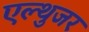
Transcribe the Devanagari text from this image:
एल्थुजर